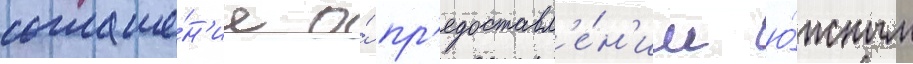
соглаше́н'ие о́ пр'едоставл'е́н'ии ю́жным